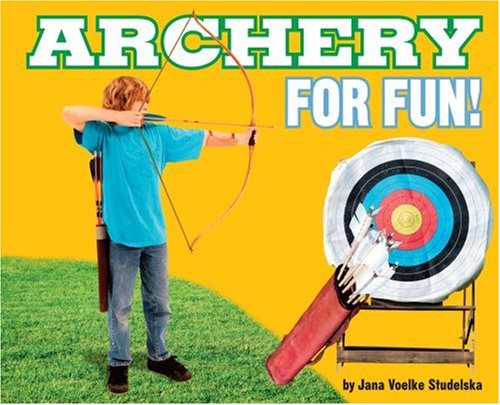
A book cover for Archery for Fun! (For Fun!: Sports); Jana Voelke Studelska; Sports & Outdoors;